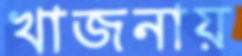
খাজনায়